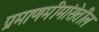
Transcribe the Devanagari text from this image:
प्रमाणमीमांसेतील